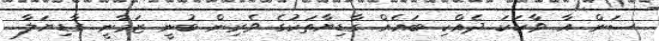
ސަން އާ ވާހަކަ ދެއްކި ބައެއް ގާޑިޔާތަކުގެ ވެރިން ބުނީ ޒަމާނީ ގާޑިޔަލާ